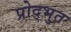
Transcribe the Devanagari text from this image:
प्रोद्भुत